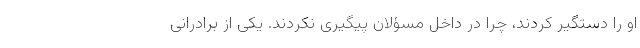
او را دستگیر کردند، چرا در داخل مسؤلان پیگیری نکردند. یکی از برادرانی